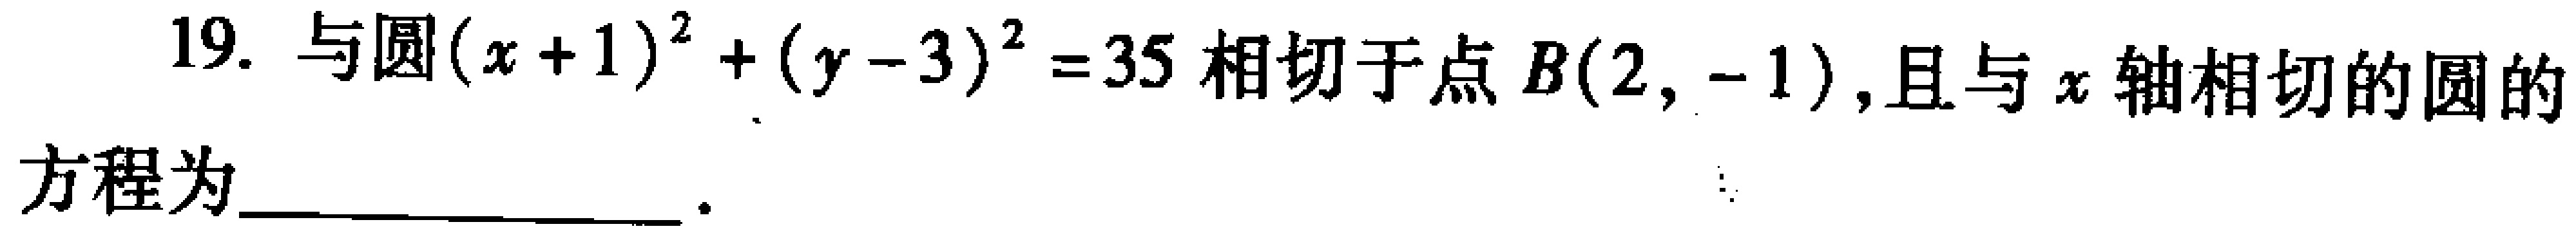
19. 与圆\((x + 1)^{2}+(y - 3)^{2}=35\)相切于点\(B(2,-1)\)，且与\(x\)轴相切的圆的方程为____________________.